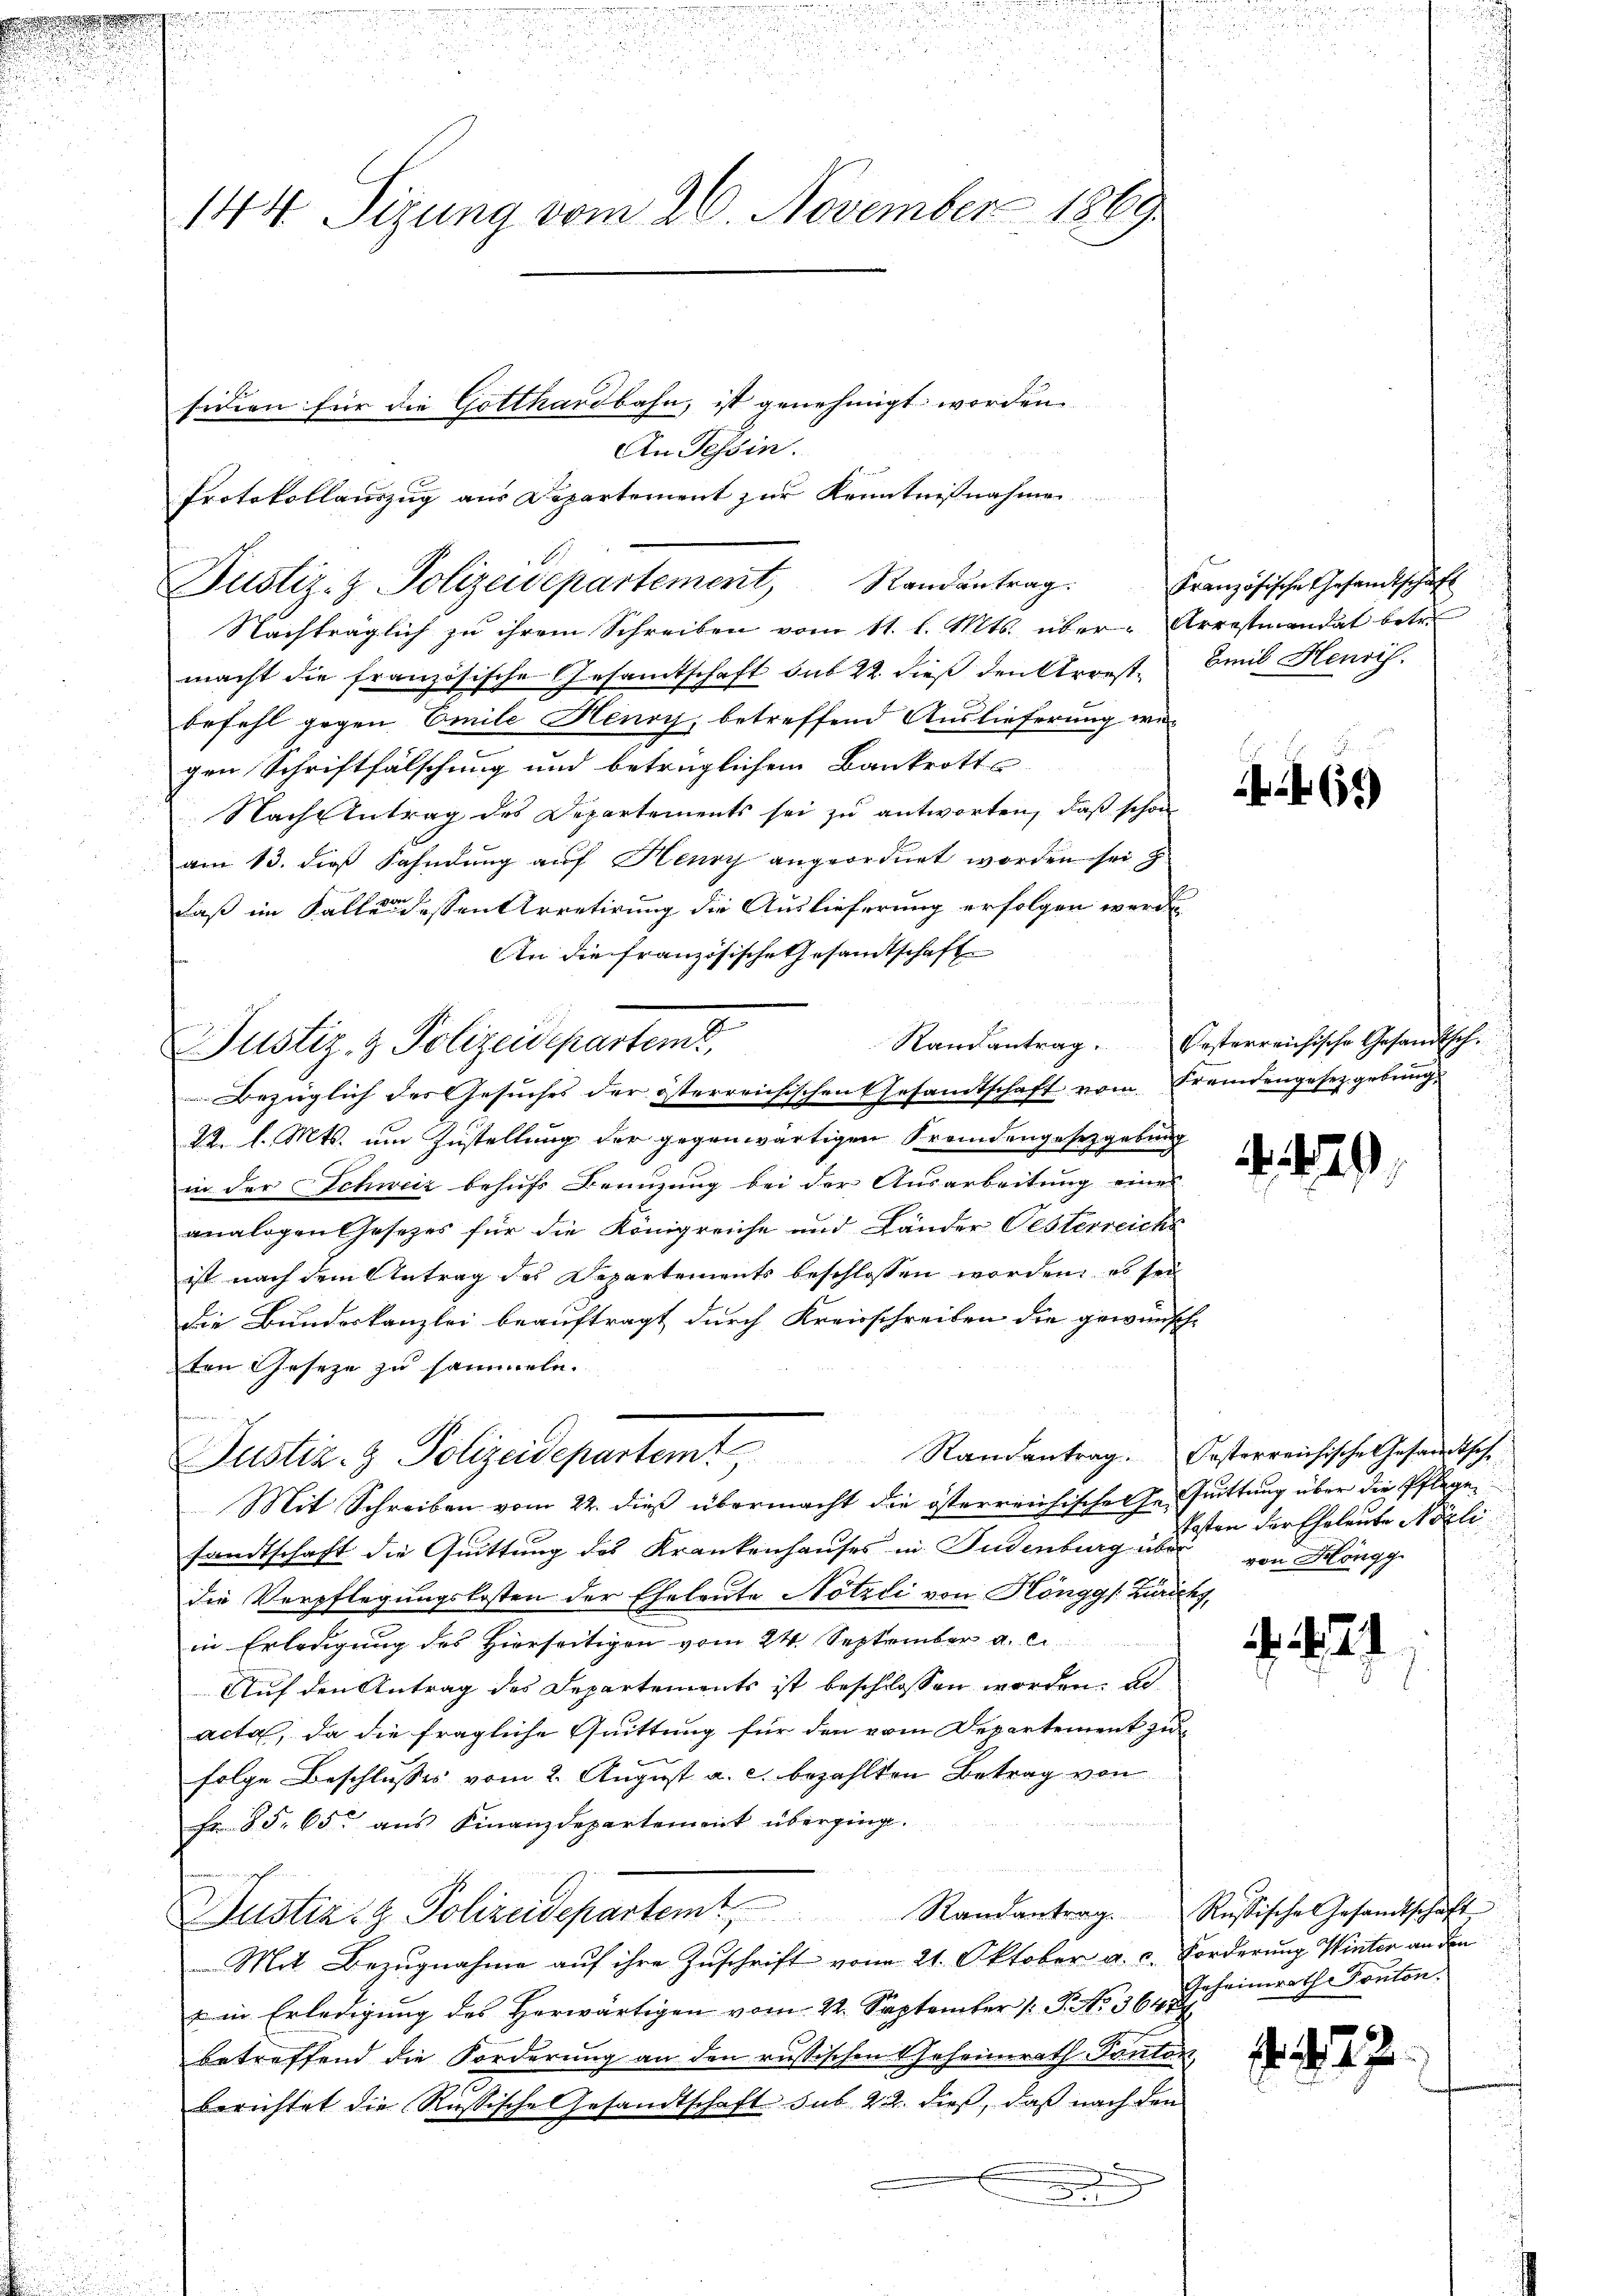
144 Sizung vom 26. November 1869

Nachträglich zu ihrem Schreiben vom 11. l. Mts. über-Arrestiandat betre
macht die französische Gesamtschaft sub 22. dieß denktronst. Emil Heusis.
befehl gegen Emile Henry, betreffend Auslieferung we-
gen Schriftfälschung und betrüglichem Bankrotts
Nach Antrag des Departements sei zu antworten, daß schon
am 13. dieß Fahndung auf Henry angeordnet worden sei
daß im Falle dessen Arretirung die Auslieferung erfolgen werde
An die französische Gesamtschaft
22. l. Mts. um Zustellung der gegenwärtigen Fremdengesetzgebung
in der Schweiz behufs Benuzung bei der Ausarbeitung eines
analogen Gesezes für die Königreiche und Länder Oesterreichs
ist nach dem Antrag des Departements beschlossen worden, es sei
Die Bundeskanzlei beauftragt durch Kreisschreiben die gewünsch-
ten Gesetze zu sammeln.
Justiz- & Polizeidepartemt
Mit Schreiben vom 22. dieß übermacht die österreichisches Jesuittung über die Pflegen
sandtschaft die Quittung des Krankenhauses in Gudenburg über
die Verpflegungskosten der Eheleute Nötzli von Höngg /: Zuricht,
in Erledigung des Hierseitigen vom 24. September a. c.
Auf den Antrag des Departements ist beschlossen worden, al
acta, da die fragliche Quittung für den vom Departement zu
folge Beschlusses vom 2. August a. c. bezahlten Betrag von
Fr. 85. 65. aus Finanzdepartement überging.
Justiz- & Polizeidepartemt, Randantrag. Russische Gesandtschaft
Mit Bezugnahme auf ihre Zuschrift vom 21. Oktober a. c. Forderung Winter an den
u in Erledigung des Herwärtigen vom 22. September 1. P. No. 364
betreffend die Forderung an den russischen Geheirath Ponton,
berichtet die Russische Gesandtschaft sub. 22. dieß, daß nach den

sideen für die Gotthardbahn, ist genehmigt worden.
Protokollauszug aus Departement zur Kenntnisnahmen

Justiz- & Polizeidepartem,
Bezüglich des Gesuches der österreichischen Gesandtschaft vom Fremdengesetzgebung.

An Tessin.
Justiz- & Polizeidepartement Randantrag. Französische Gesandtschaft

.

54)

Randantrag. Oesterreichische Gesandtsch.

29

Randantrag. Oesterreichische Gesandtsche
Posten der Eheleute Nicli
von Höngg

Geheimrath Konton.

f. 27